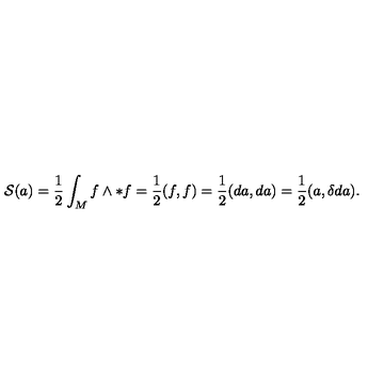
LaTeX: { \cal S } ( a ) = \frac { 1 } { 2 } \int _ { M } f \wedge * f = \frac { 1 } { 2 } ( f , f ) = \frac { 1 } { 2 } ( d a , d a ) = \frac { 1 } { 2 } ( a , \delta d a ) .